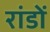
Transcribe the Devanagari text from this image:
रांडों